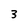
Character: 3